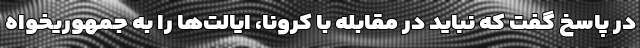
در پاسخ گفت که نباید در مقابله با کرونا، ایالت‌ها را به جمهوریخواه